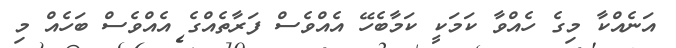
އަނެއްކާ މިގެ ހެއްވާ ކަމަކީ ކަމާބެހޭ އެއްވެސް ފަރާތެއްގެ އެއްވެސް ބަހެއް މި